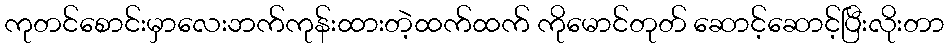
ကုတင်စောင်းမှာလေးဘက်ကုန်းထားတဲ့ထက်ထက် ကိုမောင်တုတ် ဆောင့်ဆောင့်ပြီးလိုးတာ